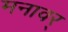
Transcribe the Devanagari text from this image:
मनावर्